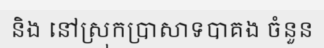
និង នៅស្រុកប្រាសាទបាគង ចំនួន